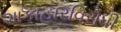
શાકાહારવિરોધી